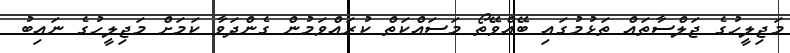
މަޖިލީހުގެ ޖަލްސާތައް ތަޅުމުގައި ބޭއްވޭތޯ މަސައްކަތް ކުރައްވަމުން ގެންދަވާ ކަމަށް މަޖިލީހުގެ ނައިބު